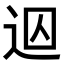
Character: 𨒊